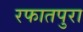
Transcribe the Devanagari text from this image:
रफातपुरा